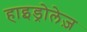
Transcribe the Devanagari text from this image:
हाइड्रोलेज़